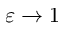
\varepsilon \to 1